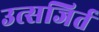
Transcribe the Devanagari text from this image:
उत्सजिर्त